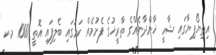
އިތިޔޯޕިޔާގައި ޝާހީ ޚާންދާނެއްގެ ތާރީޚުގެ ފެށުމެއް ކަމުގައި ބެލިފައި އޮތީ 1000 މ.ކ